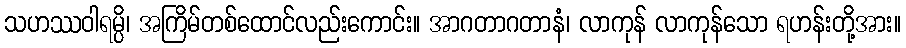
သဟဿဝါရမ္ပိ၊ အကြိမ်တစ်ထောင်လည်းကောင်း။ အာဂတာဂတာနံ၊ လာကုန် လာကုန်သော ရဟန်းတို့အား။